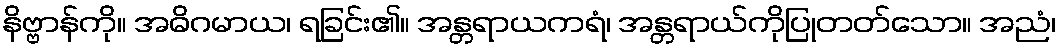
နိဗ္ဗာန်ကို။ အဓိဂမာယ၊ ရခြင်း၏။ အန္တရာယကရံ၊ အန္တရာယ်ကိုပြုတတ်သော။ အညံ၊